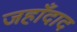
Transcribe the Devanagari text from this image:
जहाँदाद